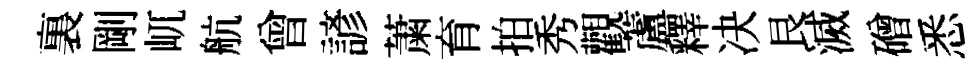
裏剛屼航曾諺䔥育拍秀觀蘆釋决艮滅磳悉